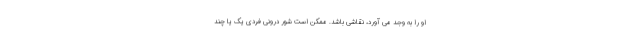
او را به وجد می آورد، نقاشی باشد. ممکن است شور درونی فردی یک یا چند